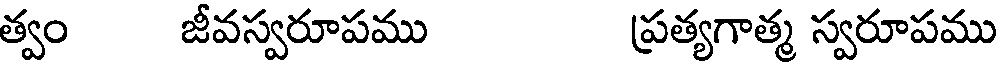
త్వం జీవస్వరూపము ప్రత్యగాత్మ స్వరూపము